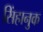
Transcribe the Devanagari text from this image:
सिंहानुक